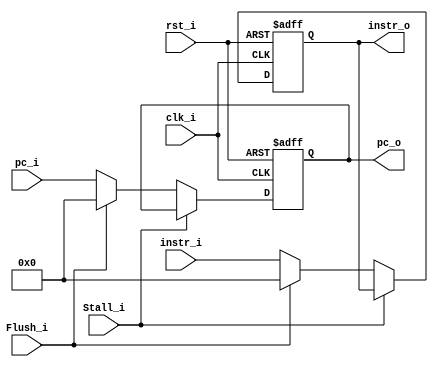
module Pipeline_IF_ID(clk_i, rst_i, instr_i, pc_i, Flush_i, Stall_i, instr_o, pc_o);

    input clk_i, rst_i;
    input [31:0] instr_i, pc_i;
    input Flush_i, Stall_i;

    output reg [31:0] instr_o, pc_o;

    always@(posedge clk_i or negedge rst_i)
    if (~rst_i)
    begin
        pc_o <= 32'b0;
        instr_o <= 32'b0;
    end
    else if (Stall_i);  // nothing
    else if (Flush_i)
    begin
        pc_o <= 32'b0;
        instr_o <= 32'b0;
    end
    else
    begin // general case
        pc_o <= pc_i;
        instr_o <= instr_i;
    end

endmodule